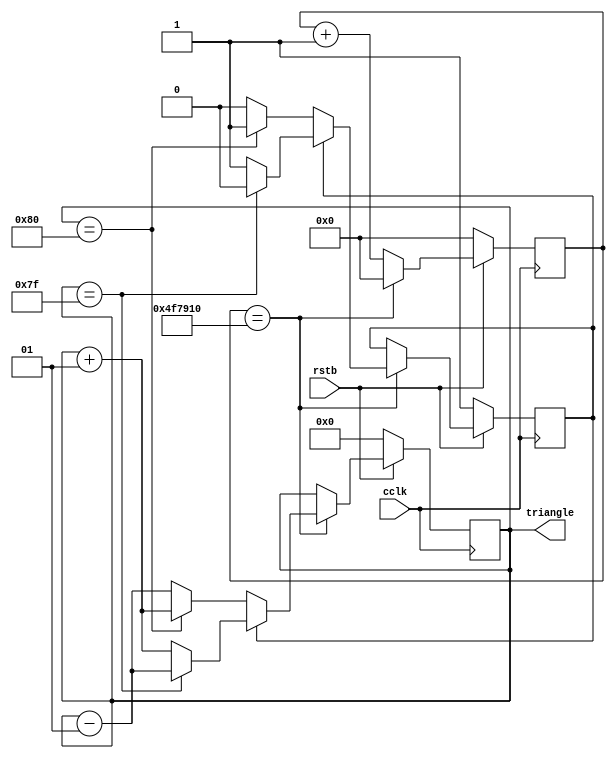
module triangle(cclk,rstb,triangle);
	//port definitions
	input  wire cclk;
	input  wire rstb;
	output reg signed [7:0] triangle; // goes to motor velocity
   
   // Scales back the clock by a factor of 500M / 768 = 651042 so that we
   // perform 768 increments/decrements in about 5 seconds.
   reg [23:0] counter;
   
   reg updown; // 1 = going up, 0 = going down
	
	//create a triangle wave centered at zero that has a period of ~5 seconds (assuming a 100MHz input clock)
   always @(posedge(cclk)) begin
      if (~rstb) begin
         counter <= 24'b0;
         triangle <= 8'b0;
         updown <= 1'b1;
      end else begin
         if (counter == 5208336) begin
            if (updown == 1'b1) begin
               if (triangle == 8'h7f) begin
                  updown <= 0;
                  triangle <= triangle - 1;
               end else begin
                  triangle <= triangle + 1;
               end
            end else begin
               if (triangle == 8'h80) begin
                  updown <= 1;
                  triangle <= triangle + 1;
               end else begin
                  triangle <= triangle - 1;
               end
            end
            counter <= 0;
         end else begin
            counter <= counter + 1;
         end
      end
   end

endmodule